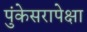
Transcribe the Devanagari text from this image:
पुंकेसरापेक्षा